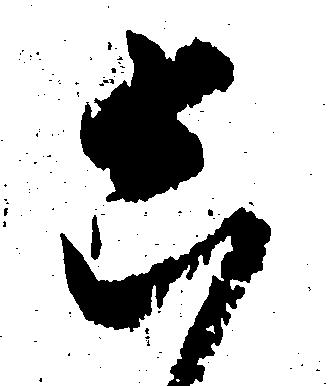
し